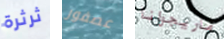
ثرثرة عصفور ماريجوانا